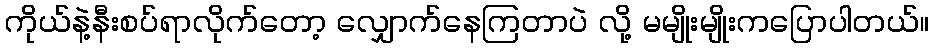
ကိုယ်နဲ့နီးစပ်ရာလိုက်တော့ လျှောက်နေကြတာပဲ လို့ မမျိုးမျိုးကပြောပါတယ်။